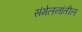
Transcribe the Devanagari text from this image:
संमेलनांतील